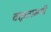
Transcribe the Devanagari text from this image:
वक्तृतामयी